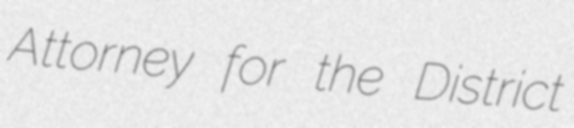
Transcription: Attorney for the District